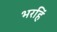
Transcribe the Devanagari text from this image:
भरहिं